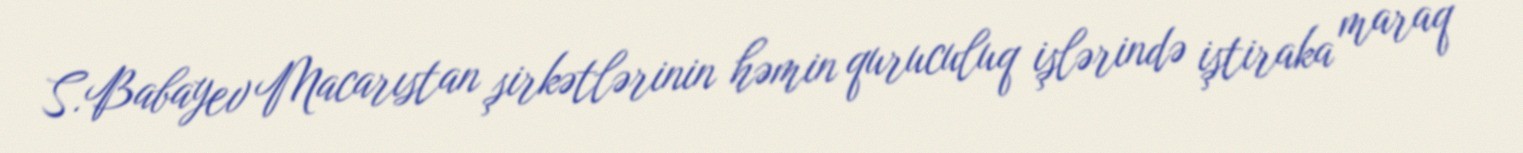
S.Babayev Macarıstan şirkətlərinin həmin quruculuq işlərində iştiraka maraq